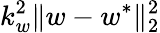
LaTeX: k_{w}^{2}\| w-w^{*}\| _{2}^{2}